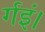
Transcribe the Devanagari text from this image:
र्गइं।